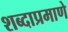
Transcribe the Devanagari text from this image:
शब्दाप्रमाणे